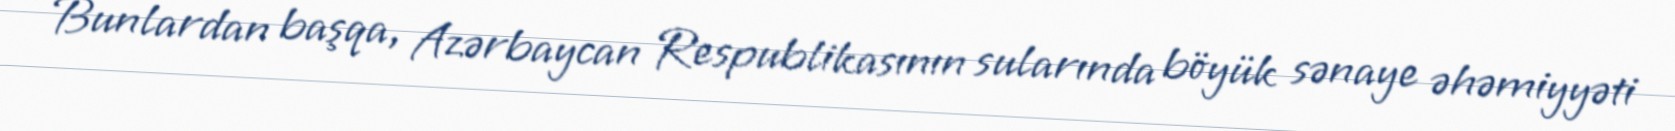
Bunlardan başqa, Azərbaycan Respublikasının sularında böyük sənaye əhəmiyyəti